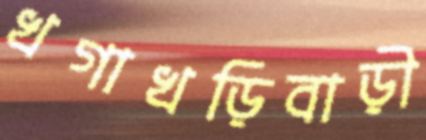
খগাখড়িবাড়ী